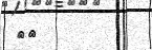
٩٨